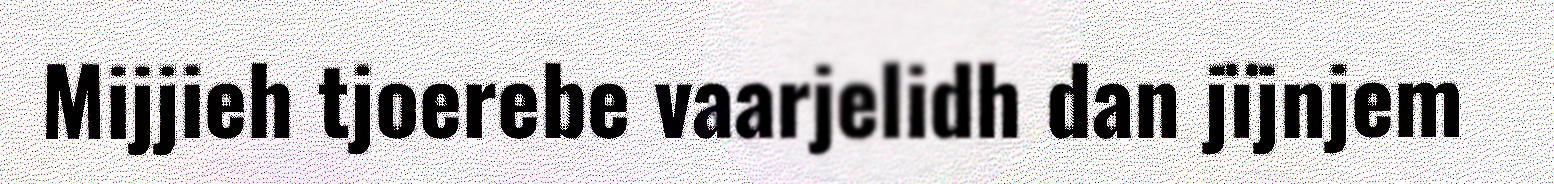
Mijjieh tjoerebe vaarjelidh dan jïjnjem